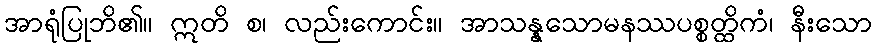
အာရုံပြုဘိ၏။ ဣတိ စ၊ လည်းကောင်း။ အာသန္နသောမနဿပစ္စတ္ထိကံ၊ နီးသော